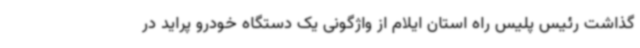
گذاشت رئیس پلیس راه استان ایلام از واژگونی یک دستگاه خودرو پراید در